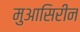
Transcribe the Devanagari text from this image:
मुआसिरीन